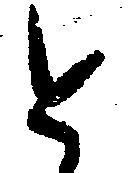
と